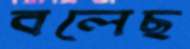
বলেছ